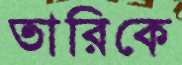
তারিকে